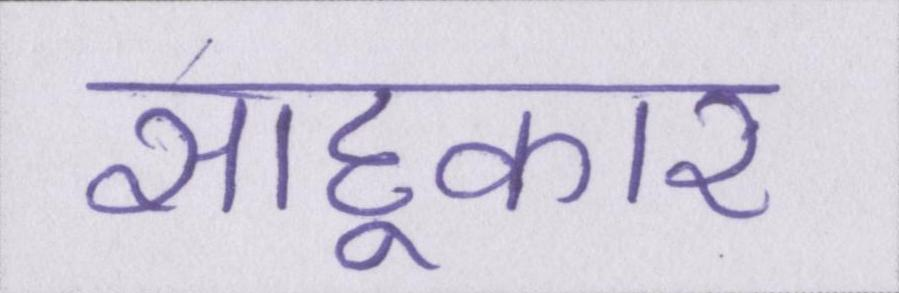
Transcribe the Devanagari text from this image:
साहूकार